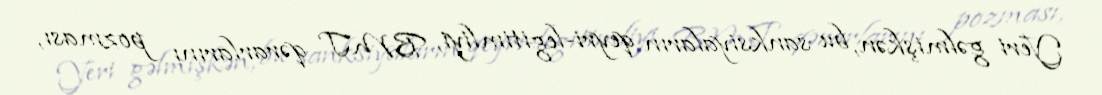
Yeri gəlmişkən, bu sanksiyaların qeyri-legitimliyi, BMT qərarlarını pozması,